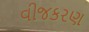
વીજકરણ